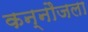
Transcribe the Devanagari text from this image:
कन्नौजला